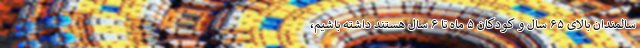
سالمندان بالای ۶۵ سال و کودکان ۵ ماه تا ۶ سال هستند داشته باشیم،